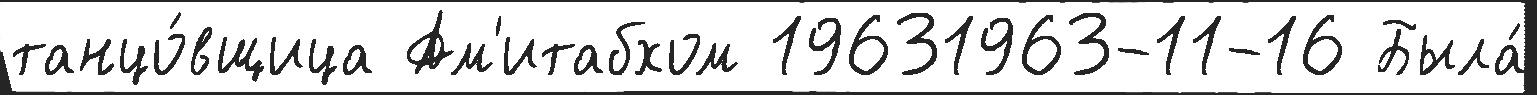
танцо́вщица Ам'итабхом 19631963-11-16 Была́